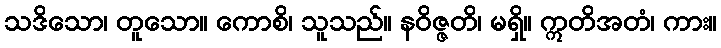
သဒိသော၊ တူသော။ ကောစိ၊ သူသည်။ နဝိဇ္ဇတိ၊ မရှိ။ ဣတိအတံ၊ ကား။